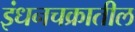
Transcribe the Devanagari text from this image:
इंधनचक्रातील